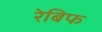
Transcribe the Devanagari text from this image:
रेबिफ